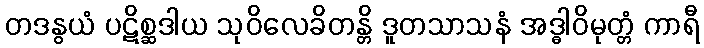
တဒနွယံ ပဋိစ္ဆဒါယ သုဝိလေခိတန္တိ ဒူတသာသနံ အဒ္ဓါဝိမုတ္တံ ကာရီ